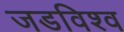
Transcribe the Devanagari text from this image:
जडविश्व